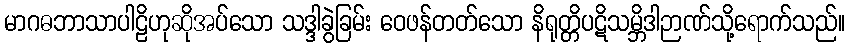
မာဂဓဘာသာပါဠိဟုဆိုအပ်သော သဒ္ဒါခွဲခြမ်း ဝေဖန်တတ်သော နိရုတ္တိပဋိသမ္ဘိဒါဉာဏ်သို့ရောက်သည်။